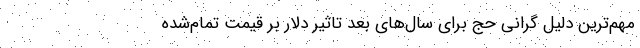
مهم‌ترین دلیل گرانی حج برای سال‌های بعد تاثیر دلار بر قیمت تمام‌شده